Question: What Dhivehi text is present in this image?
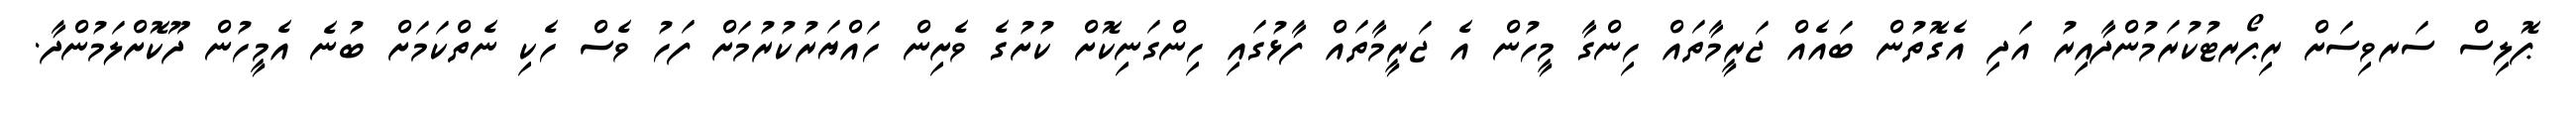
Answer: ޕޮލިސް ސަރވިސަށް ރިޕޯރޓުކުރަމުންދާއިރު އަދި އެގޮތުން ބައެއް ޖަރީމާތައް ހިންގާ މީހުން އެ ޖަރީމާތައް ފާޅުގައި ހިންގަނިކޮށް ކުށުގެ ވެށިން ހައްޔަރުކުރުމަށް ފަހު ވެސް ހެކި ނެތްކަމަށް ބުނެ އެމީހުން ދޫކޮށްލަމުންދާ.